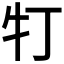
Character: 𤘖